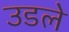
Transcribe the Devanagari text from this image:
उडले